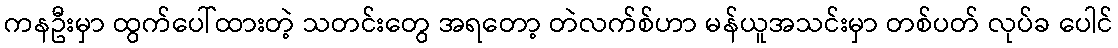
ကနဦးမှာ ထွက်ပေါ်ထားတဲ့ သတင်းတွေ အရတော့ တဲလက်စ်ဟာ မန်ယူအသင်းမှာ တစ်ပတ် လုပ်ခ ပေါင်